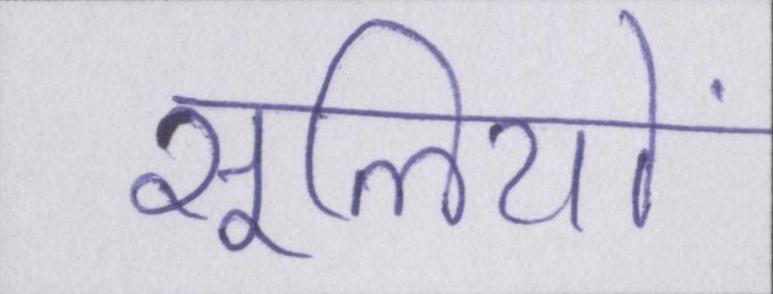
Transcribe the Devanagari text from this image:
सूलियों